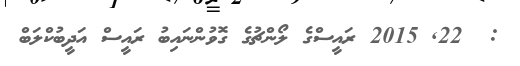
:  22